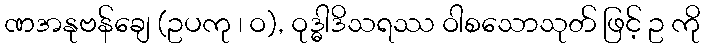
ဏအနုဗန်ချေ (ဥပကု ၊ ဝ), ဝုဒ္ဓါဒိသရဿ ဝါစသောသုတ် ဖြင့် ဥ ကို